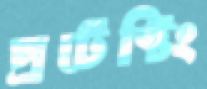
প্রটেক্টিং